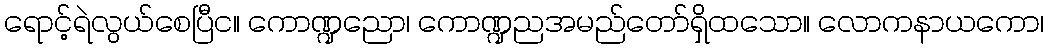
ရောင့်ရဲလွယ်စေပြီင။ ကောဏ္ဍညော၊ ကောဏ္ဍညအမည်တော်ရှိထသော။ လောကနာယကော၊